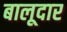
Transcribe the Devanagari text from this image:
बालूदार